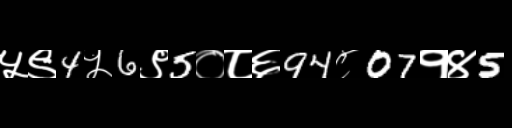
Text: ५९4५6९5०८६94८07१४5